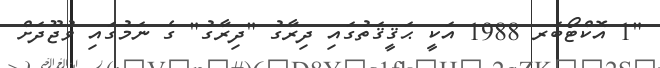
"1 އޮކްޓޯބަރ 1988 އަކީ ޙަޤީޤަތުގައި ދިރާގު "ދިރާގު" ގެ ނަމުގައި ވުޖޫދަށް